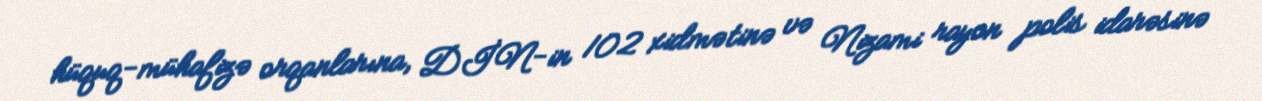
hüquq-mühafizə orqanlarına, DİN-in 102 xidmətinə və Nizami rayon polis idarəsinə